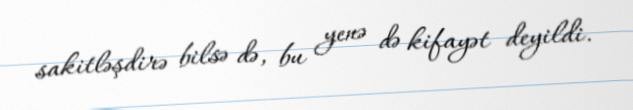
sakitləşdirə bilsə də, bu yenə də kifayət deyildi.